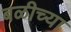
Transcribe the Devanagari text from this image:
बळीच्या